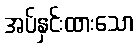
အပ်နှင်းထားသော